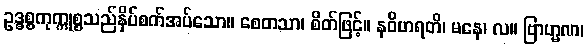
ဥဒ္ဓစ္စကုက္ကုစ္စသည်နှိပ်စက်အပ်သော။ စေတသာ၊ စိတ်ဖြင့်။ နဝိဟရတိ၊ မနေ၊ လ။ ဗြာဟ္မဏ၊